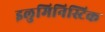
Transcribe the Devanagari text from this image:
इलुमिनिस्टिक